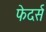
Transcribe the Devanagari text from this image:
फेदर्स